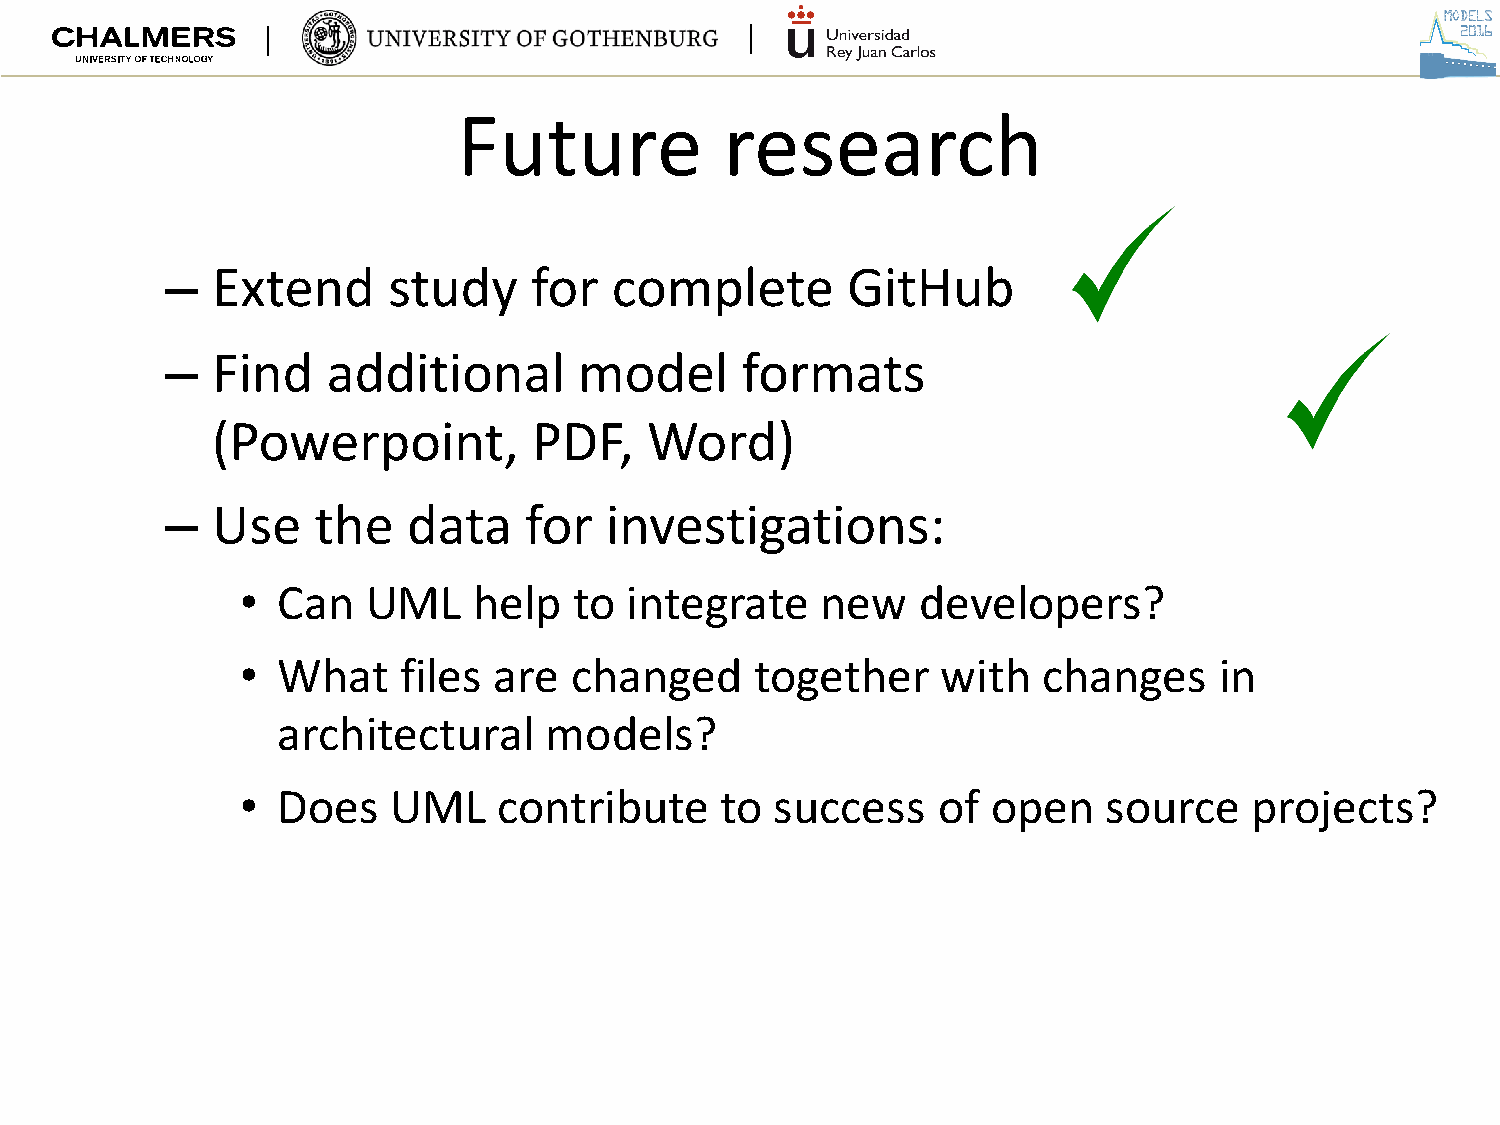
Future            research
 –  Extend      study    for   complete       GitHub
 –  Find    additional      model      formats
 (Powerpoint,         PDF,    Word)
 –  Use    the   data    for  investigations:
 • Can   UML    help   to integrate    new    developers?
 • What    files  are  changed     together    with   changes     in
 architectural     models?
 • Does    UML    contribute     to success    of  open   source    projects?